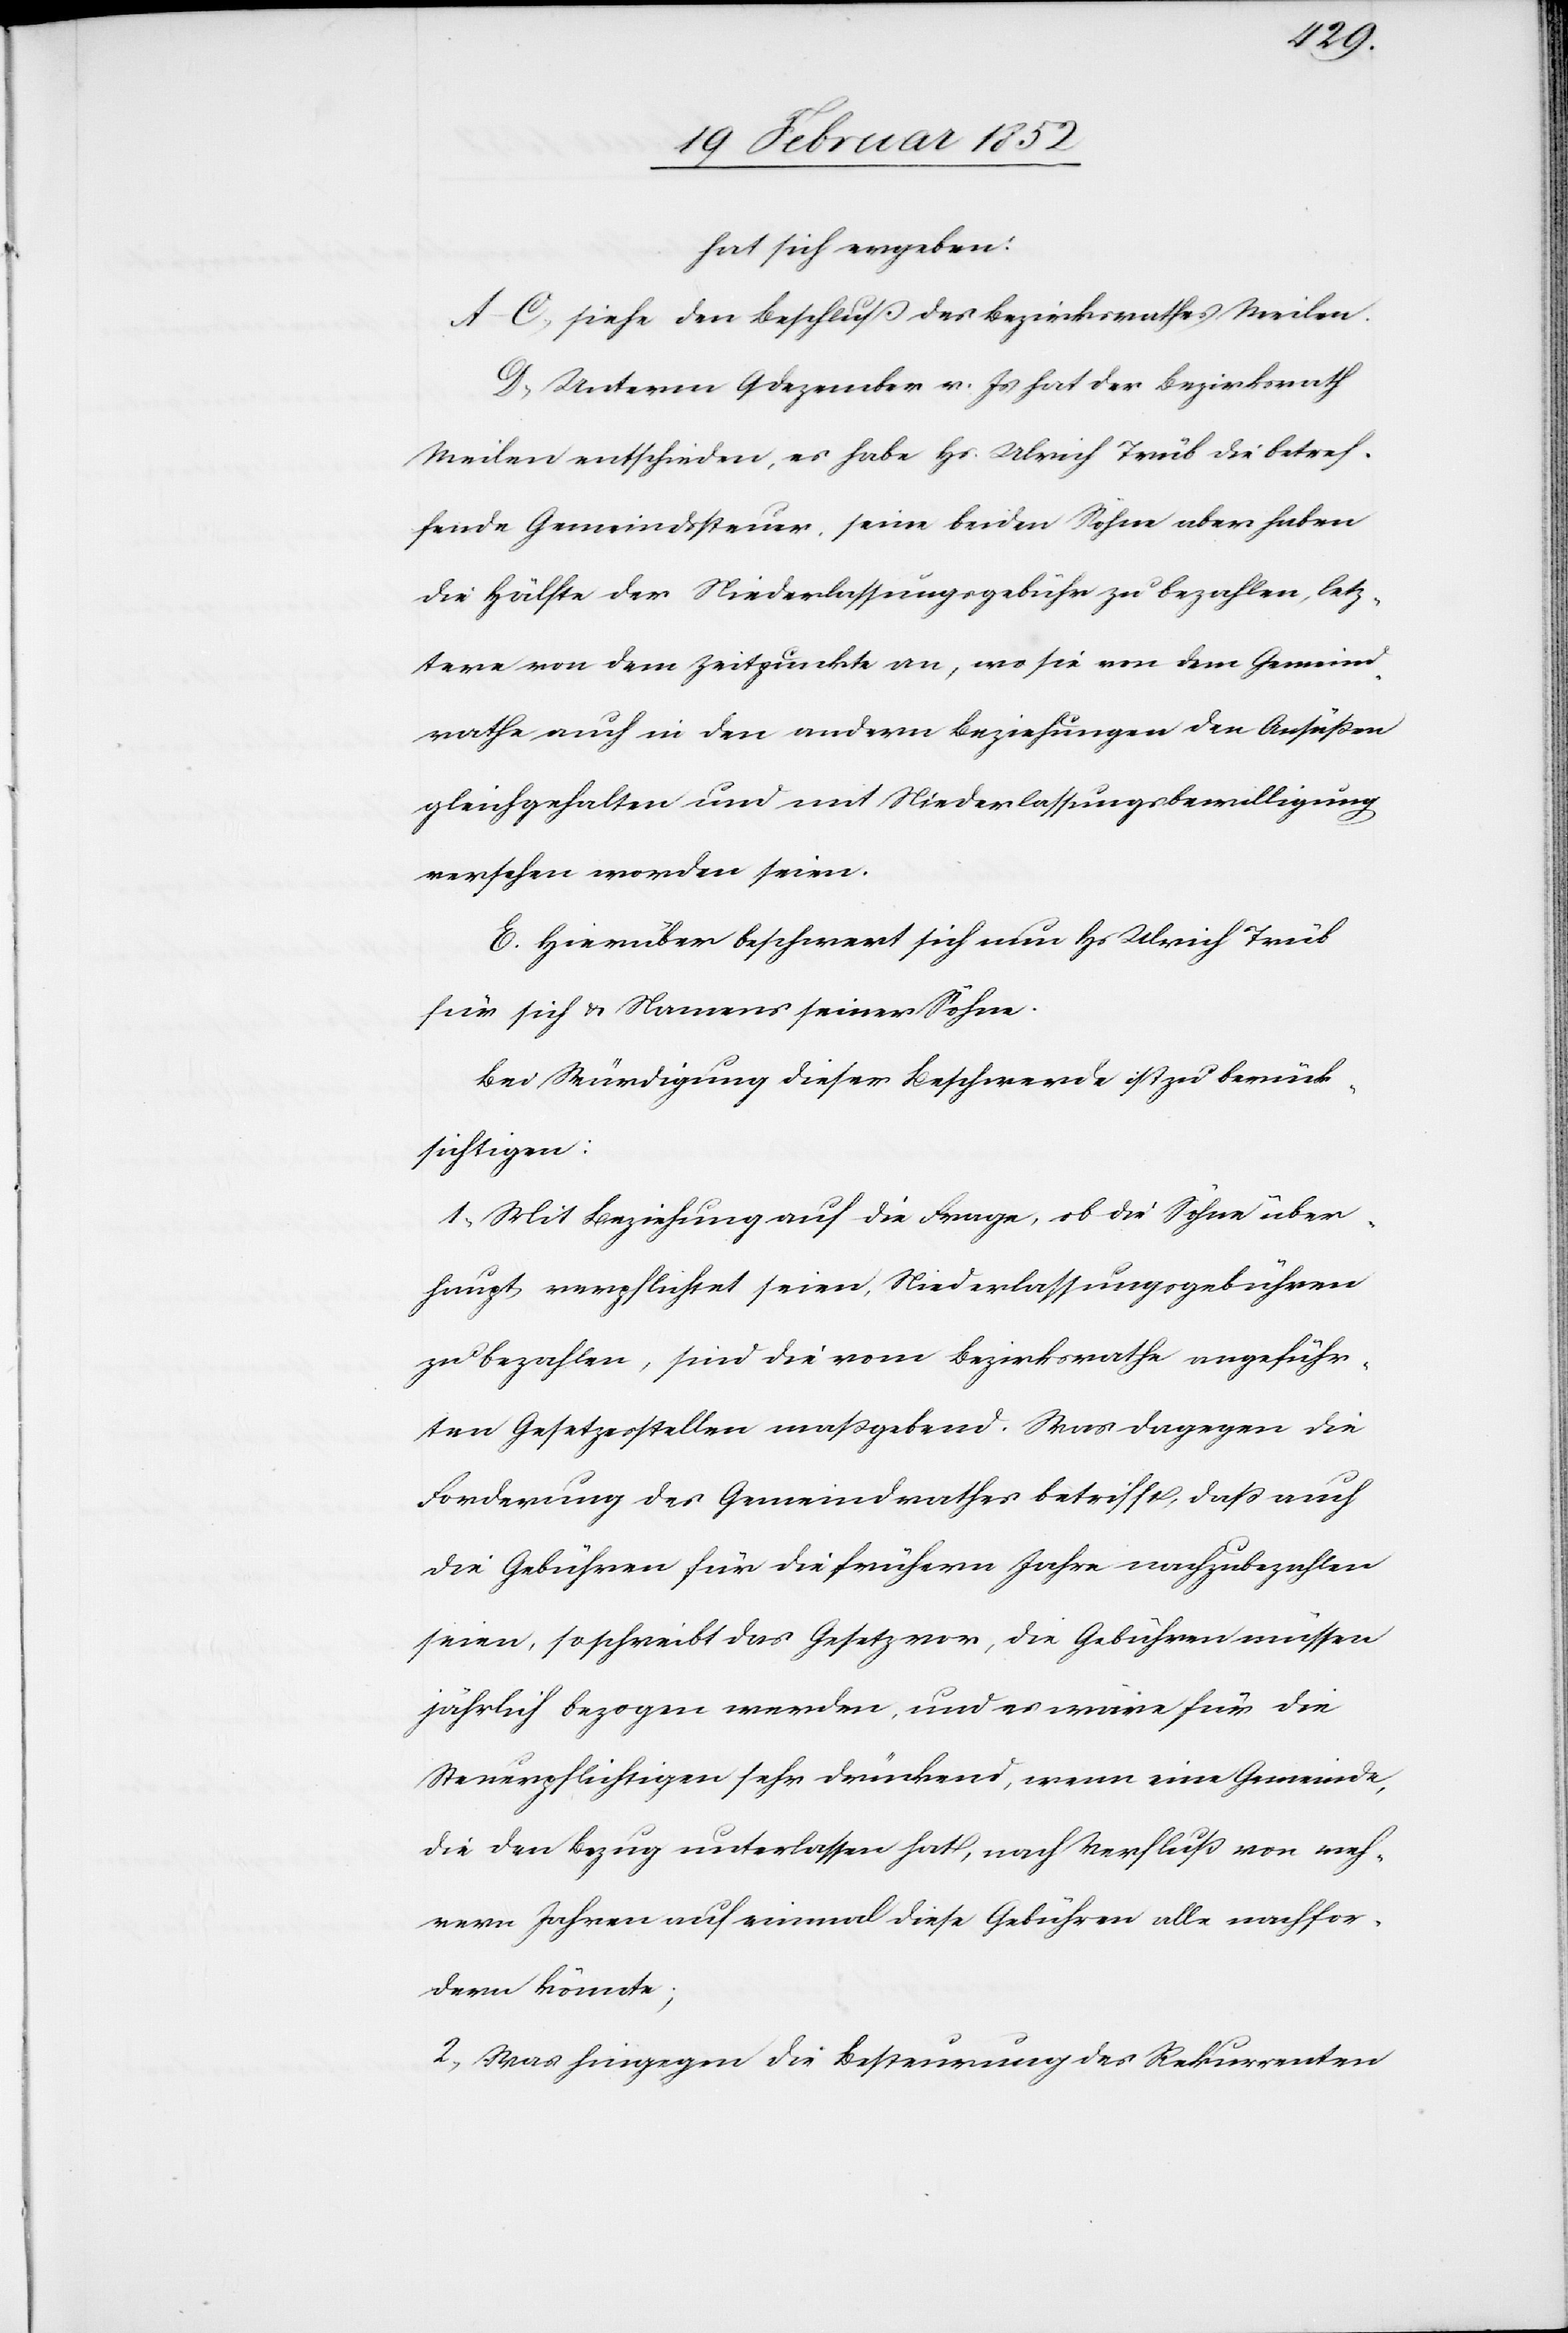
hat sich ergeben:
A–C) siehe den Beschluß des Bezirksrathes Meilen.
D) Unterm 9 Dezember v. Js hat der Bezirksrath
Meilen entschieden, es habe Hs. Ulrich Trüb die betref¬
fende Gemeindssteuer, seine beiden Söhne aber haben
die Hälfte der Niederlassungsgebühr zu bezahlen, letz¬
tere von dem Zeitpunkte an, wo sie von dem Gemeind¬
rathe auch in den andern Beziehungen der Ansäßen
gleichgehalten und mit Niederlassungsbewilligung
versehen worden seien.
E. Hierüber beschwert sich nun Hs Ulrich Trüb
für sich u. Namens seiner Söhne.
Bei Würdigung dieser Beschwerde ist zu berück¬
sichtigen:
1.) Mit Beziehung auf die Frage, ob die Söhne über¬
haupt verpflichtet seien, Niederlassungsgebühren
zu bezahlen, sind die vom Bezirksrathe angeführ¬
ten Gesetzesstellen maßgebend. Was dagegen die
Forderung des Gemeindrathes betrifft, daß auch
die Gebühren für die frühern Jahre nachzubezahlen
seien, so schreibt das Gesetz vor, die Gebühren müssen
jährlich bezogen werden, und es wäre für die
Steuerpflichtigen sehr drückend, wenn eine Gemeinde
die den Bezug unterlassen hat, nach Verfluß von meh¬
rern Jahren auf einmal diese Gebühren alle nachfor¬
dern könnte;
2.) Was hingegen die Besteuerung des Rekurrenten